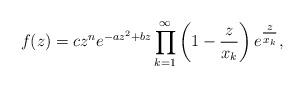
LaTeX: \begin{align*} f(z) = c z^n e^{- a z^2+b z}\prod_{k=1}^\infty\left(1-\frac {z}{x_k} \right)e^{\tfrac {z}{x_k}},\end{align*}